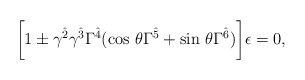
\begin{align*}\biggl[1\pm\gamma^{\hat{2}}\gamma^{\hat{3}}\Gamma^{\hat{4}}({\rm cos}\ \theta\Gamma^{\hat{5}}+{\rm sin}\ \theta\Gamma^{\hat{6}})\biggr]\epsilon=0,\end{align*}